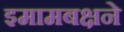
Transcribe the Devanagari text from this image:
इमामबक्षने